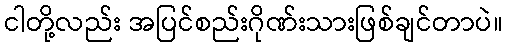
ငါတို့လည်း အပြင်စည်းဂိုဏ်းသားဖြစ်ချင်တာပဲ။